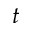
t